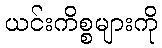
ယင်းကိစ္စများကို